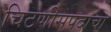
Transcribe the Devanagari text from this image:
चिटणीसपदाचा